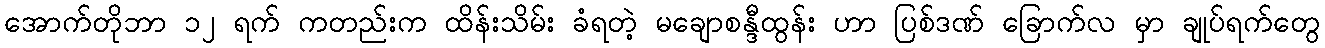
အောက်တိုဘာ ၁၂ ရက် ကတည်းက ထိန်းသိမ်း ခံရတဲ့ မချောစန္ဒီထွန်း ဟာ ပြစ်ဒဏ် ခြောက်လ မှာ ချုပ်ရက်တွေ